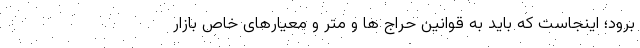
برود؛ اینجاست که باید به قوانین حراج ها و متر و معیارهای خاص بازار